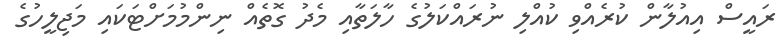
ރައީސް އިއުލާން ކުރެއްވި ކުއްލި ނުރައްކަލުގެ ހާލަތާއި މެދު ގޮތެއް ނިންމުމަށްޓަކައި މަޖިލީހުގެ